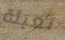
تعبئة